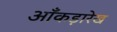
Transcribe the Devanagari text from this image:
आँकड़ारेख